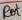
Text: Rot